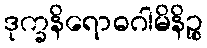
ဒုက္ခနိရောဓဂါမိနိဉ္စ